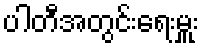
ပါတီအတွင်းရေးမှူး